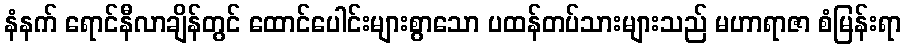
နံနက် ရောင်နီလာချိန်တွင် ထောင်ပေါင်းများစွာသော ပထန်တပ်သားများသည် မဟာရာဇာ စံမြန်းရာ